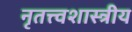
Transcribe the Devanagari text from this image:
नृतत्त्वशास्त्रीय